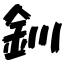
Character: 釧